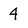
Character: 4